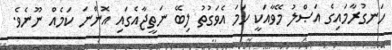
ހަނގުރާމައިގެ އަޞްލު މޭވާއަކީ ހަމަ އެވަގުތު ލިބޭ ނަތީޖާއެގައި އޮންނަ ކަމެއް ނޫނެވެ.